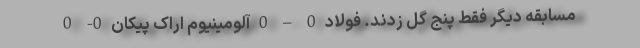
مسابقه دیگر فقط پنج گل زدند. فولاد 0 – 0 آلومینیوم اراک پیکان 0- 0